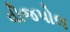
વીજપોલ